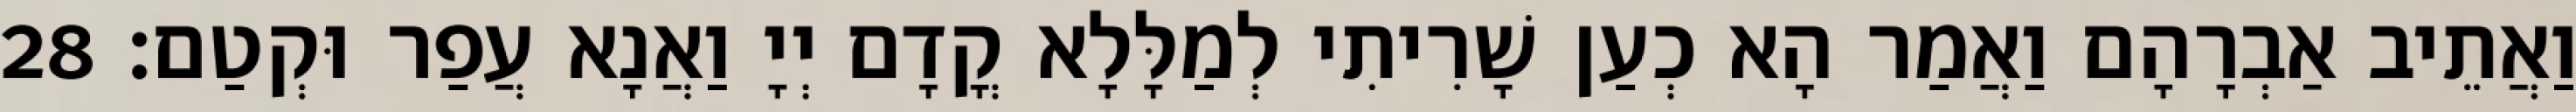
וַאֲתֵיב אַבְרָהָם וַאֲמַר הָא כְעַן שָׁרִיתִי לְמַלָּלָא קֳדָם יְיָ וַאֲנָא עֲפַר וּקְטַם׃ 28